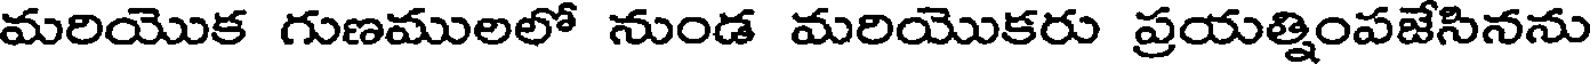
మరియొక గుణములలో నుండ మరియొకరు ప్రయత్నింపజేసినను